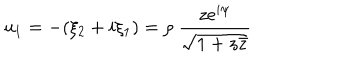
LaTeX: u _ { 1 } = - ( \xi _ { 2 } + i \xi _ { 1 } ) = \rho ~ \frac { z e ^ { i \psi } } { \sqrt { 1 + z \bar { z } } }